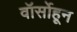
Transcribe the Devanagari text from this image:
वॉर्सोहून